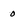
Character: 0